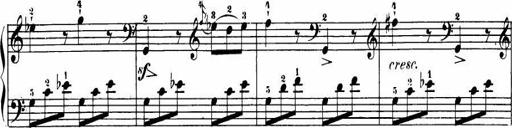
Title: Le bouquetier
Composer: Anton Diabelli
Key: G major
 C major
 F major
 C major